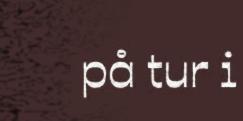
på tur i